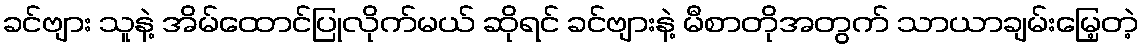
ခင်ဗျား သူနဲ့ အိမ်ထောင်ပြုလိုက်မယ် ဆိုရင် ခင်ဗျားနဲ့ မီစာတိုအတွက် သာယာချမ်းမြေ့တဲ့